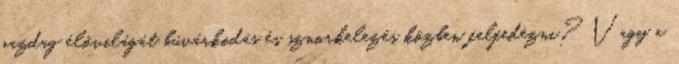
gazdag élővilágát búvárkodás és sznorkelezés közben felfedezni? Vagy a